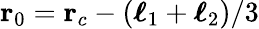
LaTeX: \mathbf{r}_{0}=\mathbf{r}_{c}-(\boldsymbol{\ell}_{1}+\boldsymbol{\ell}_{2})/3